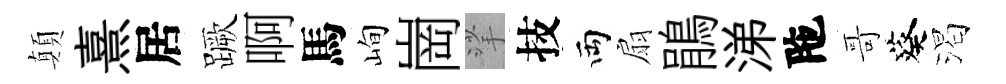
顛熹居蹶啊馬峋崗挲技両扇鵑涕陁哥葵渴